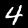
Label: 4